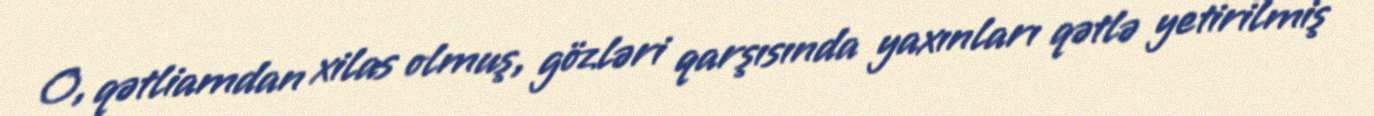
O, qətliamdan xilas olmuş, gözləri qarşısında yaxınları qətlə yetirilmiş